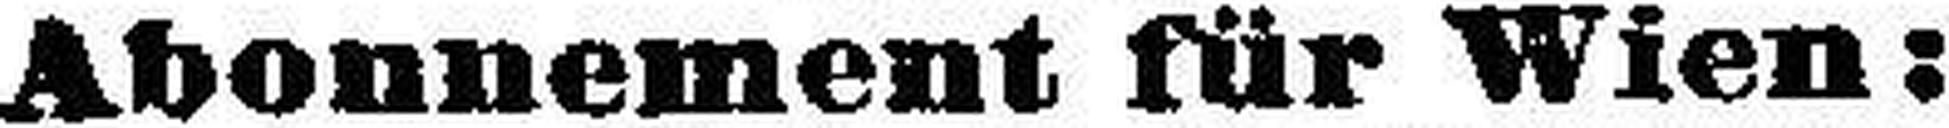
Abonnement für Wien: